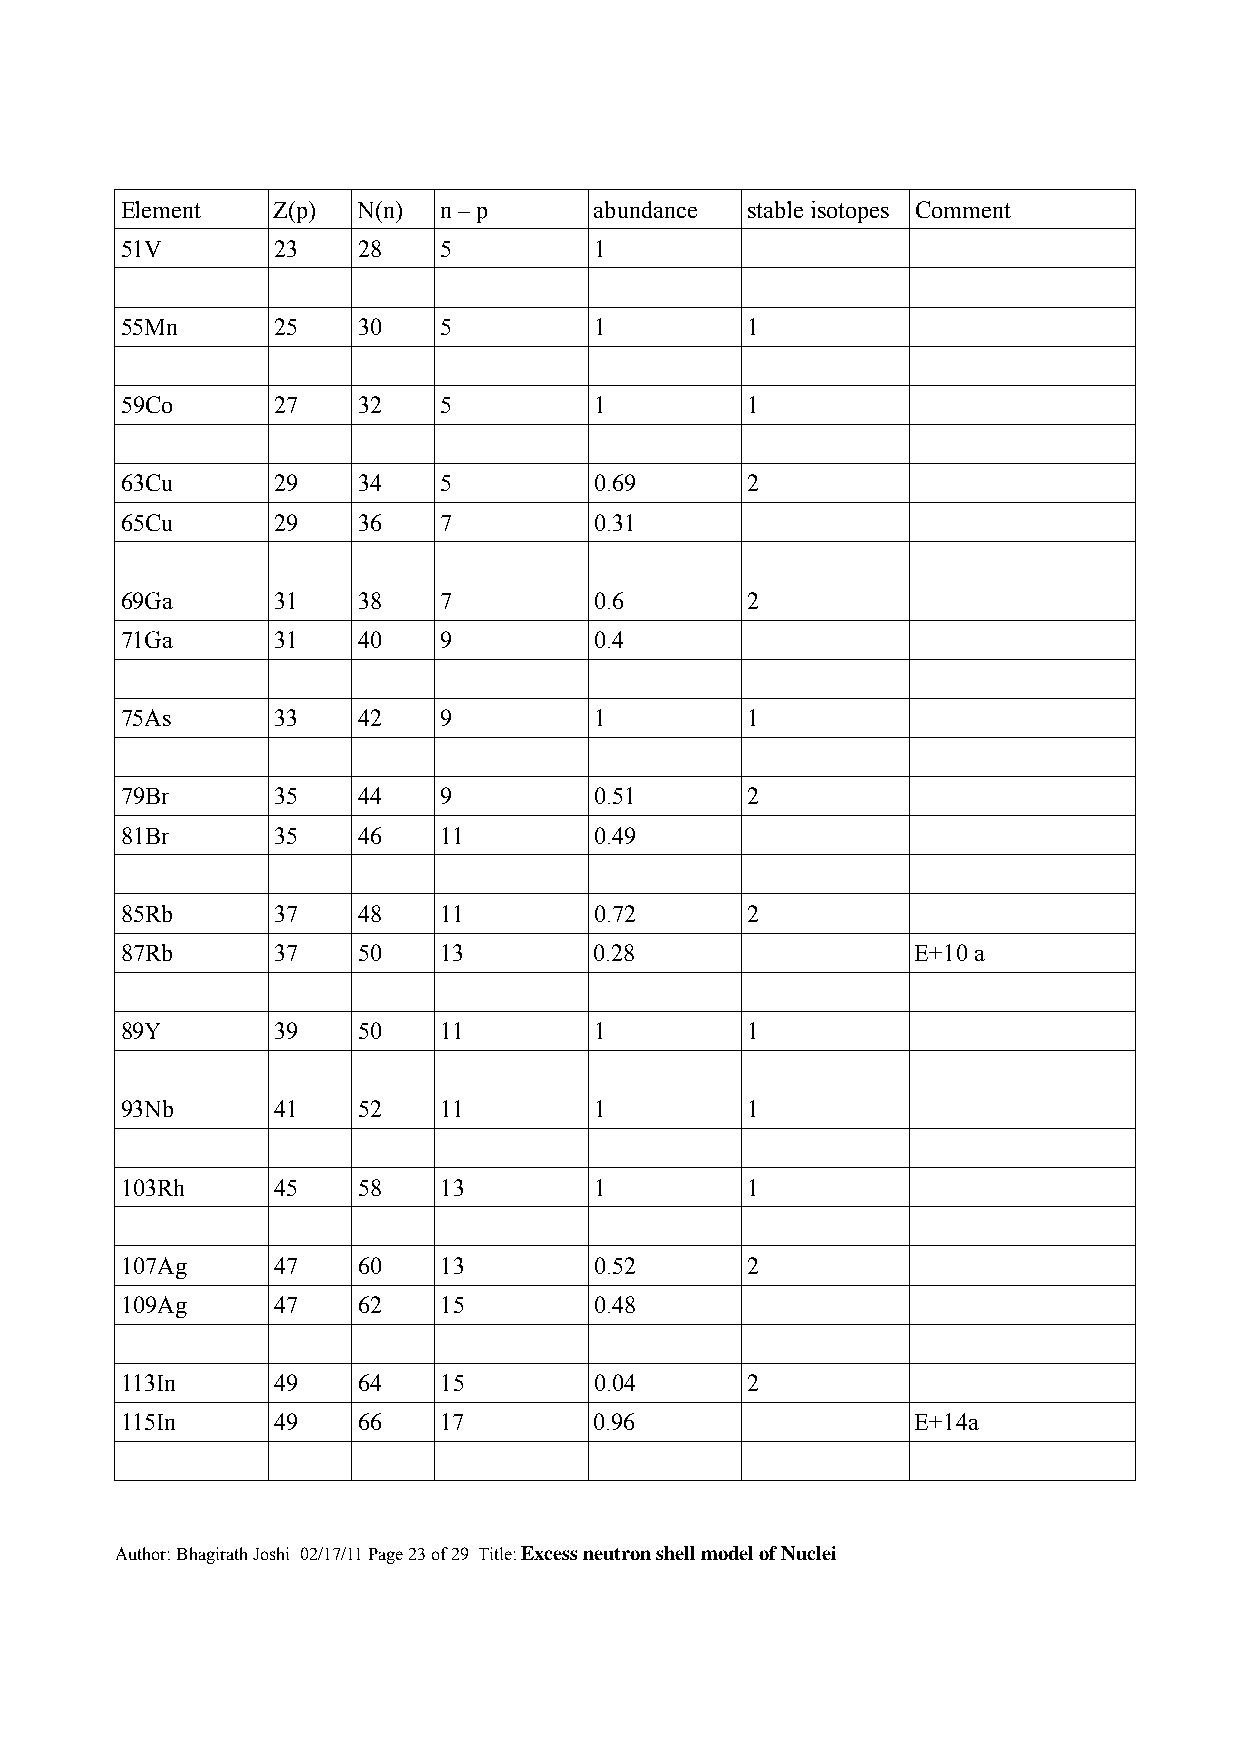
Element   Z(p)  N(n) n – p     abundance stable isotopes Comment
 51V       23    28   5         1
 55Mn      25    30   5         1         1
 59Co      27    32   5         1         1
 63Cu      29    34   5         0.69      2
 65Cu      29    36   7         0.31
 69Ga      31    38   7         0.6       2
 71Ga      31    40   9         0.4
 75As      33    42   9         1         1
 79Br      35    44   9         0.51      2
 81Br      35    46   11        0.49
 85Rb      37    48   11        0.72      2
 87Rb      37    50   13        0.28                  E+10 a
 89Y       39    50   11        1         1
 93Nb      41    52   11        1         1
 103Rh     45    58   13        1         1
 107Ag     47    60   13        0.52      2
 109Ag     47    62   15        0.48
 113In     49    64   15        0.04      2
 115In     49    66   17        0.96                  E+14a
 Author: Bhagirath Joshi 02/17/11 Page 23 of 29 Title: Excess neutron shell model of Nuclei